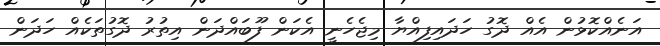
އަނެއްކޮޅުން އެއް ދޮގު ހަދައިފިއްޔާ މިޖެހެނީ އެކަން ފޫބައްދަން އިތުރު ދޮގުތަކެއް ހަދަން